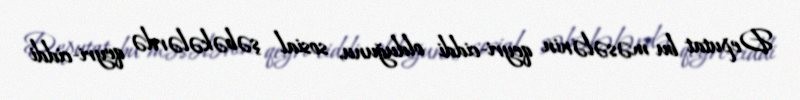
Deputat bu məsələnin qeyri-ciddi olduğunu, sosial şəbəkələrdə qeyri-ciddi